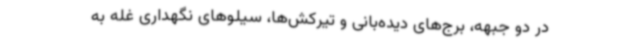
در دو جبهه، برج‌های دیده‌بانی و تیرکش‌ها، سیلوهای نگهداری غله به‌